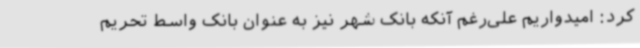
کرد: امیدواریم علی‌رغم آنکه بانک شهر نیز به عنوان بانک واسط تحریم